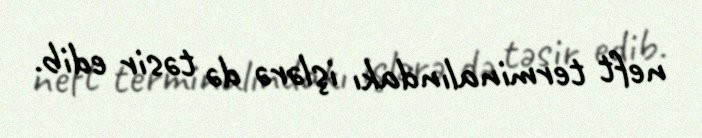
neft terminalındakı işlərə də təsir edib.